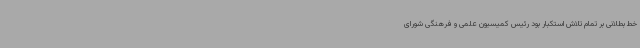
خط بطلانی بر تمام تلاش استکبار بود رئیس کمیسیون علمی و فرهنگی شورای